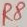
Text: R8